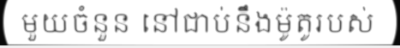
មួយចំនួន នៅជាប់នឹងម៉ូតូរបស់